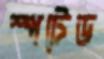
স্পটেড